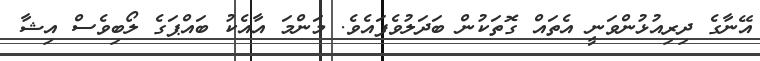
އޭނާގެ ދިރިއުޅުންވަނީ އެތައް ގޮތަކުން ބަދަލުވެފައެވެ. މަންމަ އާއެކު ބައްޕަގެ ލޯބިވެސް އިޝާ